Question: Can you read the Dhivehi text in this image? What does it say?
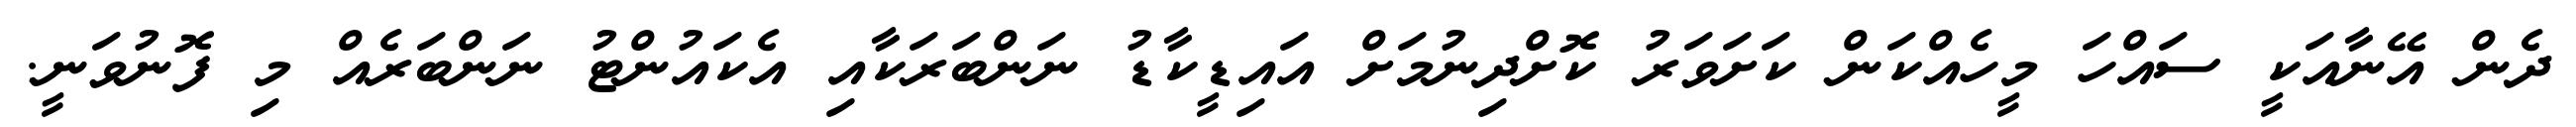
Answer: ދެން އޭނާއަކީ ސައްހަ މީހެއްކަން ކަށަވަރު ކޮށްދިނުމަށް އައިޑީކާޑު ނަންބަރަކާއި އެކައުންޓު ނަންބަރެއް މި ފޮނުވަނީ.